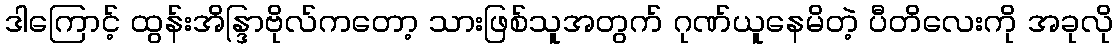
ဒါကြောင့် ထွန်းအိန္ဒြာဗိုလ်ကတော့ သားဖြစ်သူအတွက် ဂုဏ်ယူနေမိတဲ့ ပီတိလေးကို အခုလို